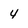
Character: 4